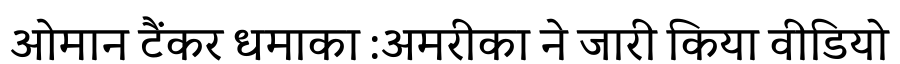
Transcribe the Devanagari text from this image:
ओमान टैंकर धमाका :अमरीका ने जारी किया वीडियो